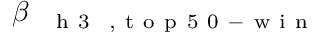
\beta _ { \mathrm { ~ \textbf ~ { ~ h ~ 3 ~ } ~ } , \mathrm { ~ t ~ o ~ p ~ 5 ~ 0 ~ - ~ w ~ i ~ n ~ } }